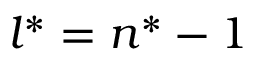
l ^ { * } = n ^ { * } - 1